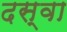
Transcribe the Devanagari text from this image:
दस्वा